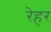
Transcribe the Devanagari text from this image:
रेहर